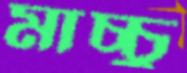
মাচ্চু